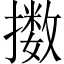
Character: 擞